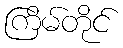
ကြိမ်တိုင်